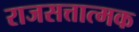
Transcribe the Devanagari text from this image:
राजसत्तात्मक